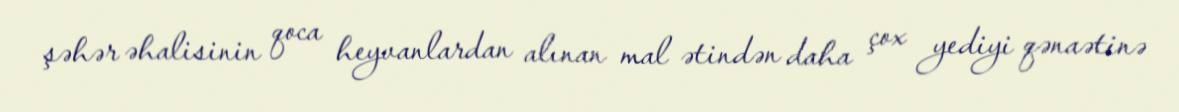
şəhər əhalisinin qoca heyvanlardan alınan mal ətindən daha çox yediyi qənaətinə